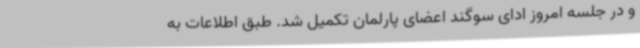
و در جلسه امروز ادای سوگند اعضای پارلمان تکمیل شد. طبق اطلاعات به